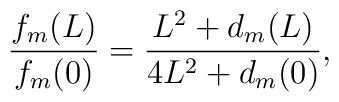
\frac{f_m(L)}{f_m(0)} = \frac{L^2 + d_m(L)}{4L^2 + d_m(0)},